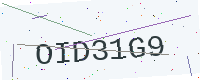
Text: OID31G9